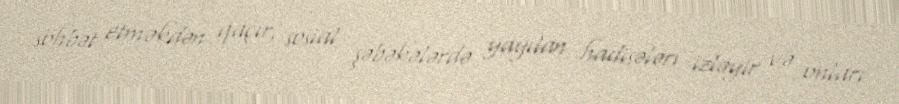
söhbət etməkdən qaçır, sosial şəbəkələrdə yayılan hadisələri izləyir və onları